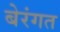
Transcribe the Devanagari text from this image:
बेरंगत